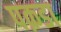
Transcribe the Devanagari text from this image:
पक़डा